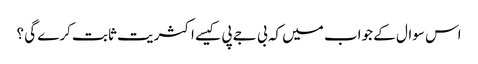
اس سوال کے جواب میں کہ بی جے پی کیسے اکثریت ثابت کرے گی ؟